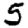
Digit: 5